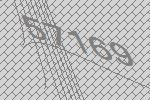
57169